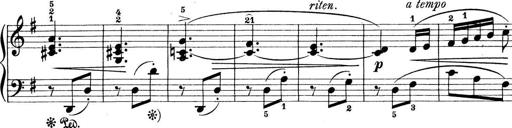
Title: Preis-Sonatine
Composer: Ernst James Bremner